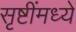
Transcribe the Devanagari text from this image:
सृष्टींमध्ये